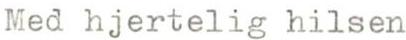
Med hjertelig hilsen